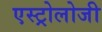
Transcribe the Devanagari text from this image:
एस्ट्रोलोजी